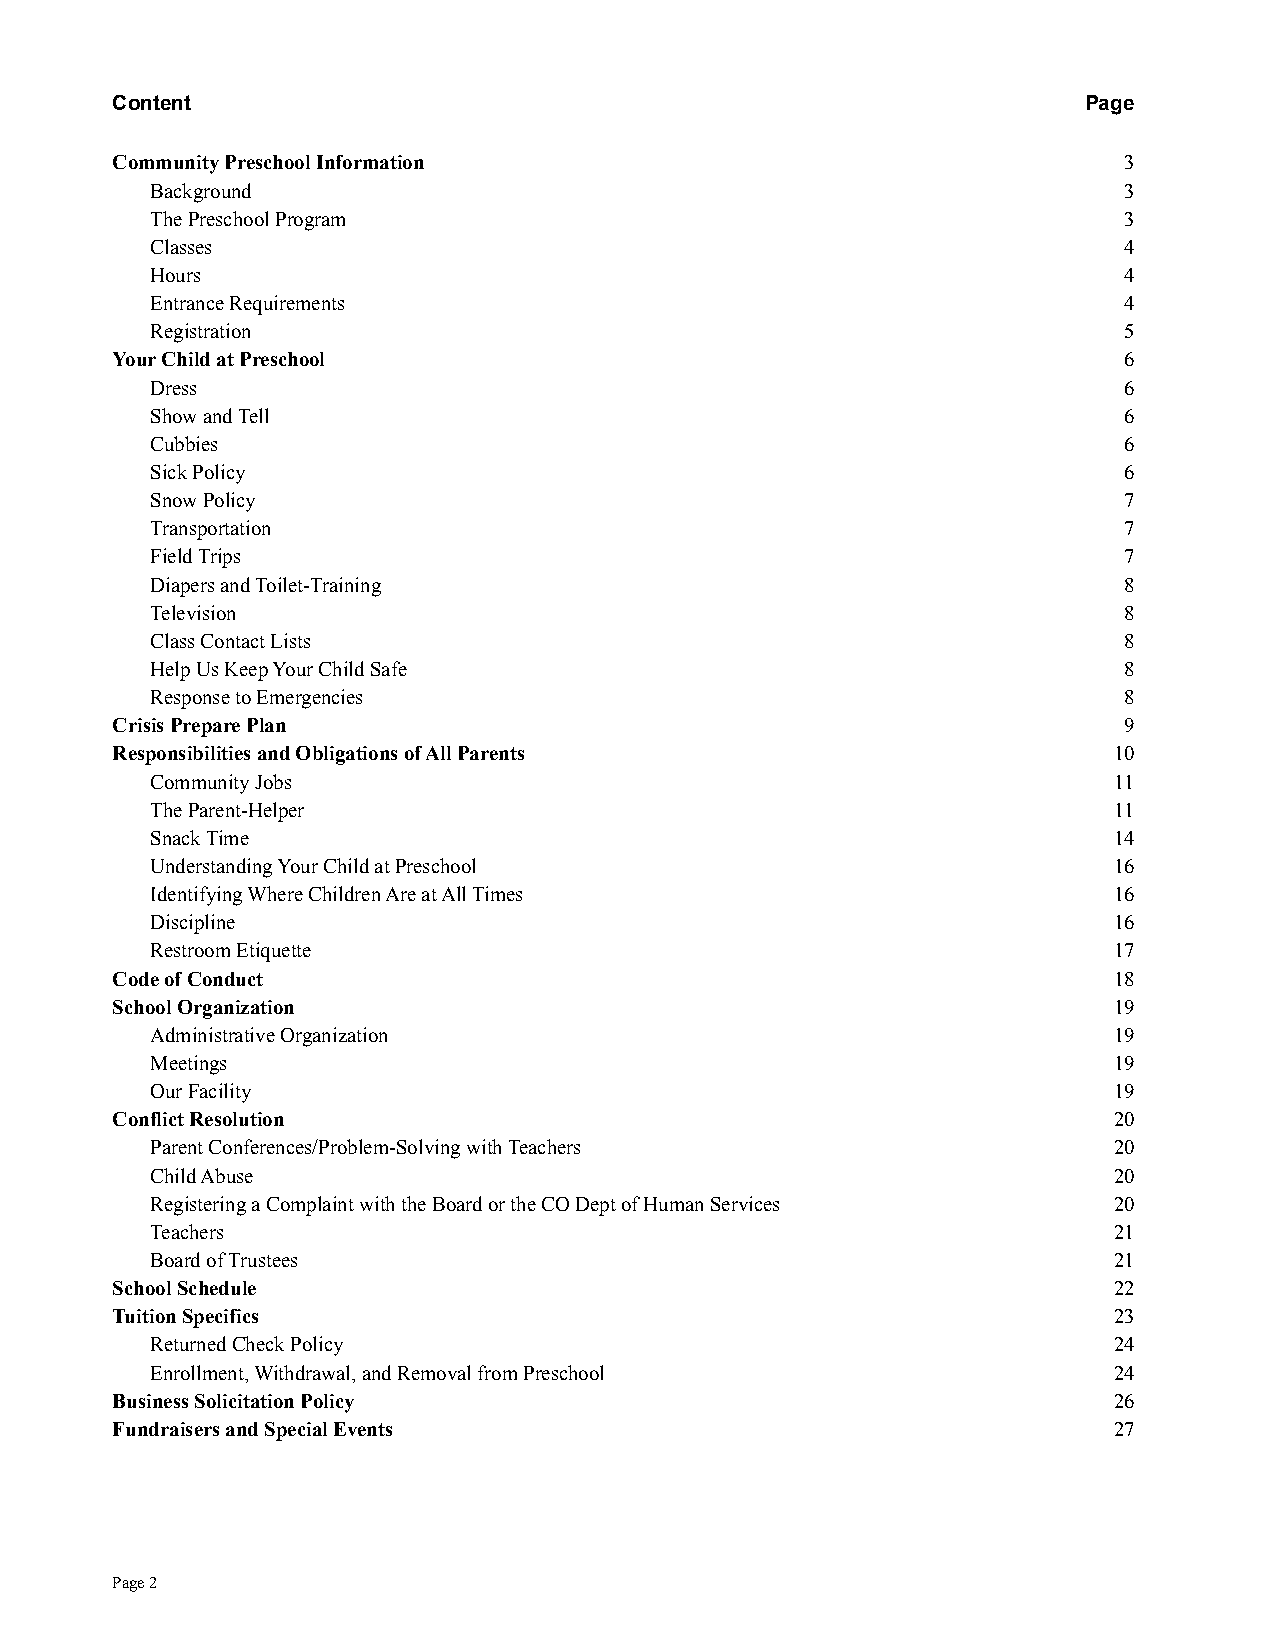
Content                                                          Page
 Community Preschool Information                                    3
 Background                                                      3
 The Preschool Program                                           3
 Classes                                                         4
 Hours                                                           4
 Entrance Requirements                                           4
 Registration                                                    5
 Your Child at Preschool                                            6
 Dress                                                           6
 Show and Tell                                                   6
 Cubbies                                                         6
 Sick Policy                                                     6
 Snow Policy                                                     7
 Transportation                                                  7
 Field Trips                                                     7
 Diapers and Toilet-Training                                     8
 Television                                                      8
 Class Contact Lists                                             8
 Help Us Keep Your Child Safe                                    8
 Response to Emergencies                                         8
 Crisis Prepare Plan                                                9
 Responsibilities and Obligations of All Parents                    10
 Community Jobs                                                  11
 The Parent-Helper                                               11
 Snack Time                                                      14
 Understanding Your Child at Preschool                           16
 Identifying Where Children Are at All Times                     16
 Discipline                                                      16
 Restroom Etiquette                                              17
 Code of Conduct                                                    18
 School Organization                                                19
 Administrative Organization                                     19
 Meetings                                                        19
 Our Facility                                                    19
 Conflict Resolution                                                20
 Parent Conferences/Problem-Solving with Teachers                20
 Child Abuse                                                     20
 Registering a Complaint with the Board or the CO Deptof Human Services 20
 Teachers                                                        21
 Board of Trustees                                               21
 School Schedule                                                    22
 Tuition Specifics                                                  23
 Returned Check Policy                                           24
 Enrollment, Withdrawal, and Removal from Preschool              24
 Business Solicitation Policy                                       26
 Fundraisers and Special Events                                     27
 Page2